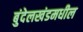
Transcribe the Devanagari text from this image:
बुंदेलखंडमधील